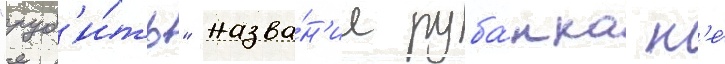
"руб'и́ть" назва́н'ие руба́нка н'е́